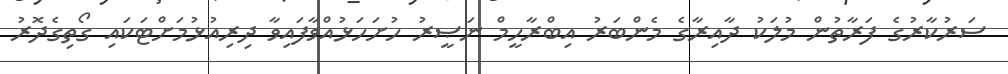
ސަރުކާރުގެ ފަރާތުން މުލަކު ދާއިރާގެ މެންބަރު އިބްރާހީމް ނަޞީރު ހުށަހަޅުއްވާފައިވާ ދިރިއުޅުމަށްޓަކައި ގޯތިގެދޮރު